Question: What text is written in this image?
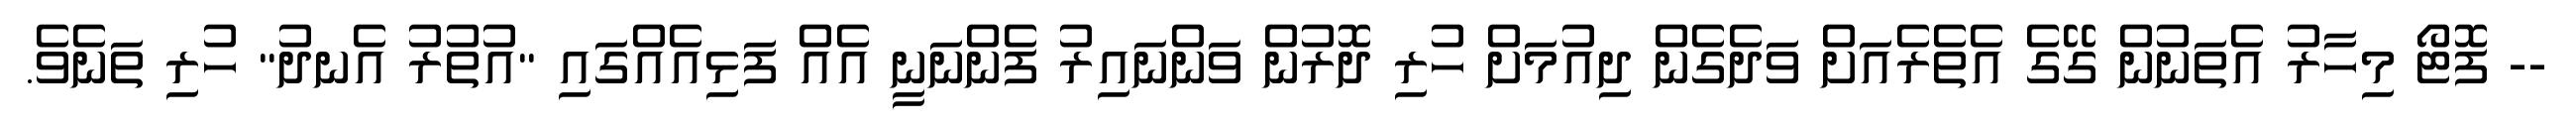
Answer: -- ފޮޓޯ މިހާރު އެތަނުން ގޭގެ އެތެރެއަށް ވަދެގެން ދިއުމަށް ހުރި ދޮރުން ވަންނައިރު ފެންނަނީ އެއް ފަޅިއެއްގައި "އުތުރު އެނދު" ހުރި ތަނެވެ.